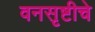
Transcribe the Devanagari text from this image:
वनसृष्टीचे